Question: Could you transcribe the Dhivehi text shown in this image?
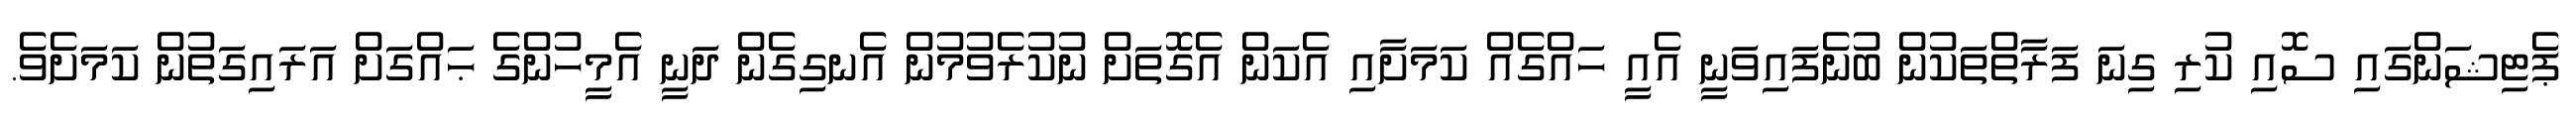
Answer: ޕެޓިޝަންގައި ސޮއި ކުރި ގިނަ ފަރާތްތަކުން ބުނެފައިވަނީ އެއީ ހައްގެއް ކަމަށާއި އެކަން އެގޮތަށް ނުކުރެވުމުން އެނގިގެން ދަނީ އެމީހުންގެ ޙައްގަށް އަރައިގަތުން ކަމަށެވެ.